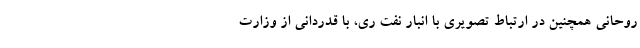
روحانی همچنین در ارتباط تصویری با انبار نفت ری، با قدردانی از وزارت